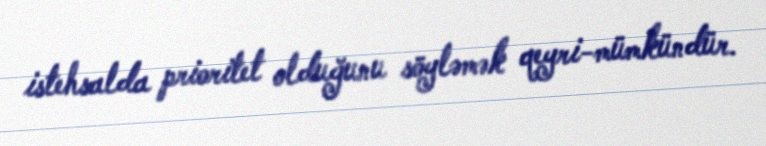
istehsalda prioritet olduğunu söyləmək qeyri-mümkündür.